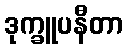
ဒုက္ခူပနီတာ